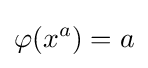
\varphi (x^{a})=a